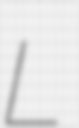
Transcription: L